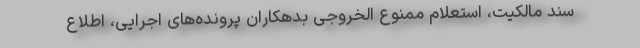
سند مالکیت، استعلام ممنوع الخروجی بدهکاران پرونده‌های اجرایی، اطلاع